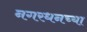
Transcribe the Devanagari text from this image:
नगरधनच्या